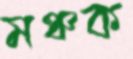
মঞ্চক